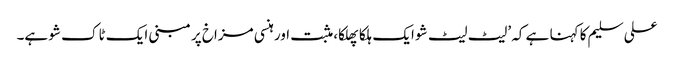
علی سلیم کا کہنا ہے کہ ’لیٹ لیٹ شو ایک ہلکا پھلکا، مثبت اور ہنسی مزاخ پر مبنی ایک ٹاک شو ہے۔